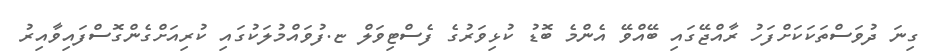
ގިނަ ދުވަސްތަކަކަށްފަހު ރާއްޖޭގައި ބޭއްވޭ އެންމެ ބޮޑު ކުޅިވަރުގެ ފެސްޓިވަލް ޏ.ފުވައްމުލަކުގައި ކުރިއަށްގެންގޮސްފައިވާއިރު